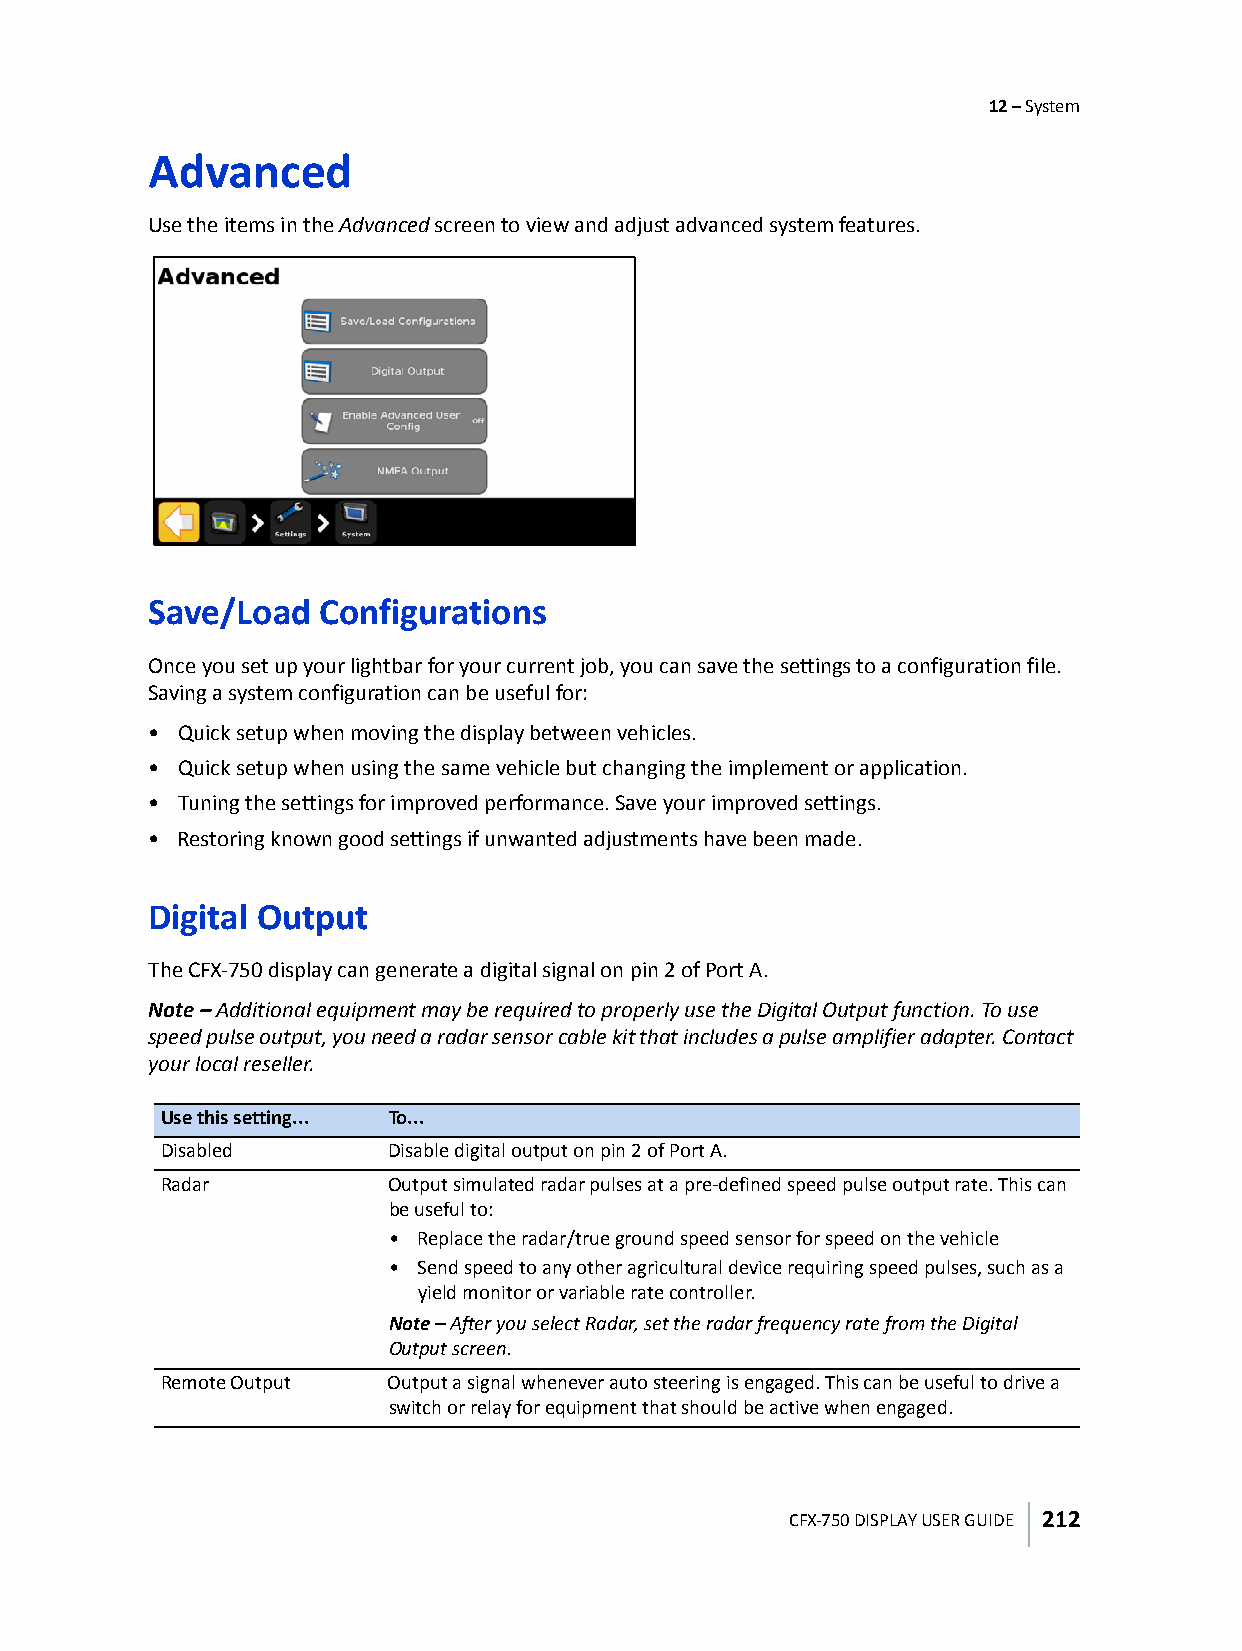
12 – System
 Advanced
 Use the items in the Advanced screen to view and adjust advanced system features.
 Save/Load  Configurations
 Once you set up your lightbar for your current job, you can save the settings to a configuration file.
 Saving a system configuration can be useful for:
 • Quick setup when moving the display between vehicles.
 • Quick setup when using the same vehicle but changing the implement or application.
 • Tuning the settings for improved performance. Save your improved settings.
 • Restoring known good settings if unwanted adjustments have been made.
 Digital Output
 The CFX-750 display can generate a digital signal on pin 2 of Port A.
 Note – Additional equipment may be required to properly use the Digital Output function. To use
 speed pulse output, you need a radar sensor cable kit that includes a pulse amplifier adapter. Contact
 your local reseller.
 Use this setting... To...
 Disabled       Disable digital output on pin 2 of Port A.
 Radar          Output simulated radar pulses at a pre-defined speed pulse output rate. This can
 be useful to:
 • Replace the radar/true ground speed sensor for speed on the vehicle
 • Send speed to any other agricultural device requiring speed pulses, such as a
 yield monitor or variable rate controller.
 Note – After you select Radar, set the radar frequency rate from the Digital
 Output screen.
 Remote Output  Output a signal whenever auto steering is engaged. This can be useful to drive a
 switch or relay for equipment that should be active when engaged.
 CFX-750 DISPLAY USER GUIDE 212